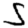
Digit: 5